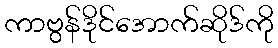
ကာဗွန်ဒိုင်အောက်ဆိုဒ်ကို